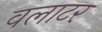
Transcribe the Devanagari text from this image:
वलाटर